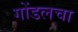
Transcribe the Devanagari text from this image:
गोंडलचा